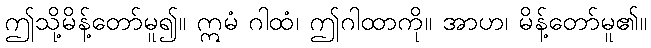
ဤသို့မိန့်တော်မူ၍။ ဣမံ ဂါထံ၊ ဤဂါထာကို။ အာဟ၊ မိန့်တော်မူ၏။